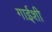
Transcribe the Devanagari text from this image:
गाईशी